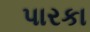
પારકા